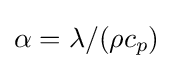
\alpha =\lambda /(\rho c_{p})